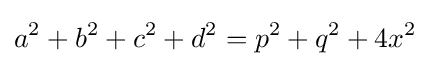
a^{2}+b^{2}+c^{2}+d^{2}=p^{2}+q^{2}+4x^{2}